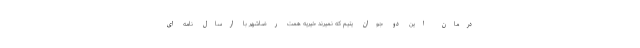
درمان این دو جوان یتیم که نمیرند خیریه همت رضاشهر با ارسال نامه ای